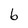
Character: b